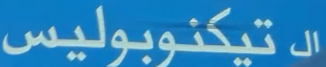
التيكنوبوليس